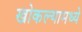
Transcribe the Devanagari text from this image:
खोकल्यामध्ये